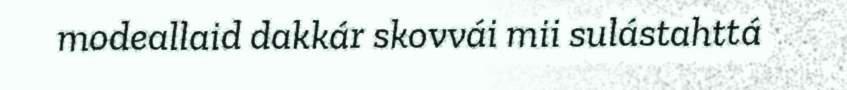
modeallaid dakkár skovvái mii sulástahttá